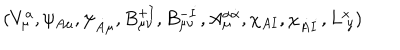
LaTeX: ( V _ { \mu } ^ { a } , \psi _ { A \mu } , \psi _ { \dot { A } \mu } , B _ { \mu \nu } ^ { + I } , B _ { \mu \nu } ^ { - \dot { I } } , A _ { \mu } ^ { \alpha \dot { \alpha } } , \chi _ { A I } , \chi _ { \dot { A } \dot { I } } , L _ { \ y } ^ { x } )